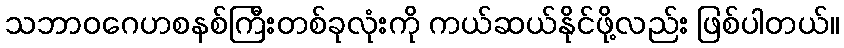
သဘာဝဂေဟစနစ်ကြီးတစ်ခုလုံးကို ကယ်ဆယ်နိုင်ဖို့လည်း ဖြစ်ပါတယ်။